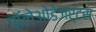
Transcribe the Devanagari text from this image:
पॉलेओडेजर्टस